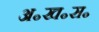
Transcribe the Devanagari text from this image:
अ॰ख॰स॰